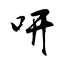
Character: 咞